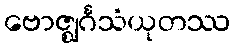
ဗောဇ္ဈင်္ဂသံယုတဿ